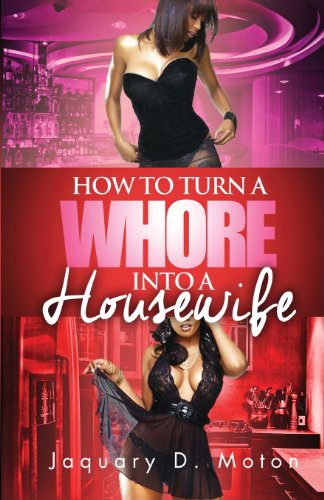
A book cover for How to Turn a Whore Into a Housewife; Jaquary D. Moton; Romance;